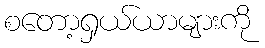
စတော့ရှယ်ယာများကို